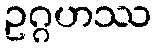
ဥဂ္ဂဟဿ